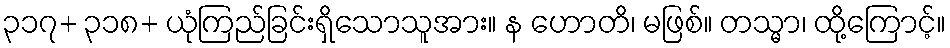
၃၁၇+ ၃၁၈+ ယုံကြည်ခြင်းရှိသောသူအား။ န ဟောတိ၊ မဖြစ်။ တသ္မာ၊ ထို့ကြောင့်။